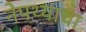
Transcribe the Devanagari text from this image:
नेपथ्याचा